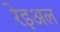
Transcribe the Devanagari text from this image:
रेइअल